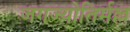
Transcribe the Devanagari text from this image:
जगज्योतिर्मल्ल